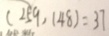
( 2 5 9 , 1 4 8 ) = 3 7